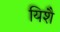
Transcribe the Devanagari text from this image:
यिशै